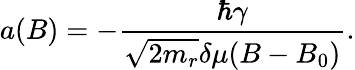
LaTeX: a(B)=-\frac{\hbar\gamma}{\sqrt{2m_{r}}\delta\mu(B-B_{0})}.